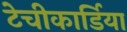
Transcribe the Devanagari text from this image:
टेचीकार्डिया